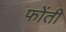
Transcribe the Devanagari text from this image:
फोंती